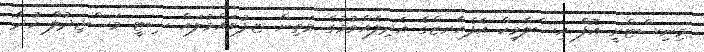
މިނިސްޓްރީ އޮފް އިސްލާމިކް އެފެއާރޒްގެ އެދިލެއްވުމުގެ މަތިން ޏ.ފުވައްމުލައް ސިޓީ މަސްޖިދުލް ހުދާ